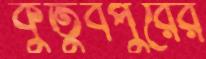
কুতুবপুরের